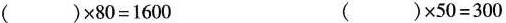
$$( ) \times 8 0 = 1 6 0 0$$ $$( ) x 5 0 = 3 0 0$$